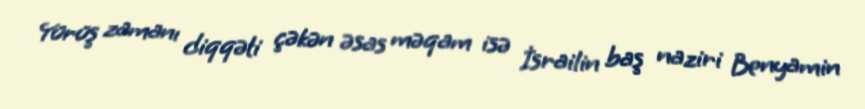
Yürüş zamanı diqqəti çəkən əsas məqam isə İsrailin baş naziri Benyamin